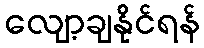
လျော့ချနိုင်ရန်